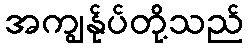
အကျွန်ုပ်တို့သည်